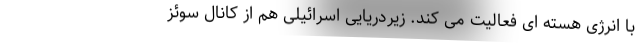
با انرژی هسته ای فعالیت می کند. زیردریایی اسرائیلی هم از کانال سوئز